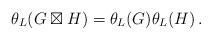
LaTeX: \begin{align*} \theta_L(G \boxtimes H) = \theta_L(G)\theta_L(H)\,. \end{align*}